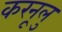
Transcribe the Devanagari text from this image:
करनूलु